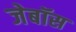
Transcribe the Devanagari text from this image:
जेबॉस